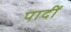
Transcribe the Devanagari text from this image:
पादीं